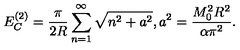
E _ { C } ^ { ( 2 ) } = \frac { \pi } { 2 R } \sum _ { n = 1 } ^ { \infty } \sqrt { n ^ { 2 } + a ^ { 2 } } , a ^ { 2 } = \frac { M _ { 0 } ^ { 2 } R ^ { 2 } } { \alpha \pi ^ { 2 } } .